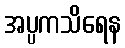
အပ္ပကသိရေန